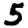
Digit: 5